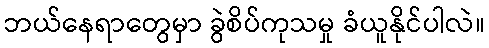
ဘယ်နေရာတွေမှာ ခွဲစိပ်ကုသမှု ခံယူနိုင်ပါလဲ။